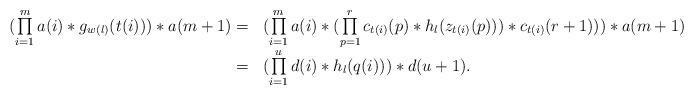
LaTeX: \begin{align*}\begin{array}{rl}(\prod\limits_{i=1}^m a(i)\ast g_{w(l)}(t(i))) \ast a(m+1)= & (\prod\limits_{i=1}^m a(i) \ast (\prod\limits_{p=1}^r c_{t(i)}(p) \ast h_l(z_{t(i)}(p))) \ast c_{t(i)}(r+1)))\ast a(m+1)\\= & (\prod\limits_{i=1}^u d(i) \ast h_l(q(i))) \ast d(u+1).\end{array}\end{align*}